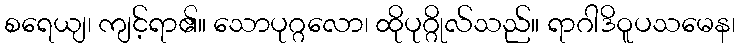
စရေယျ၊ ကျင့်ရာ၏။ သောပုဂ္ဂလော၊ ထိုပုဂ္ဂိုလ်သည်။ ရာဂါဒိဝူပသမေန၊